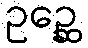
ဥဉ္ဆေ